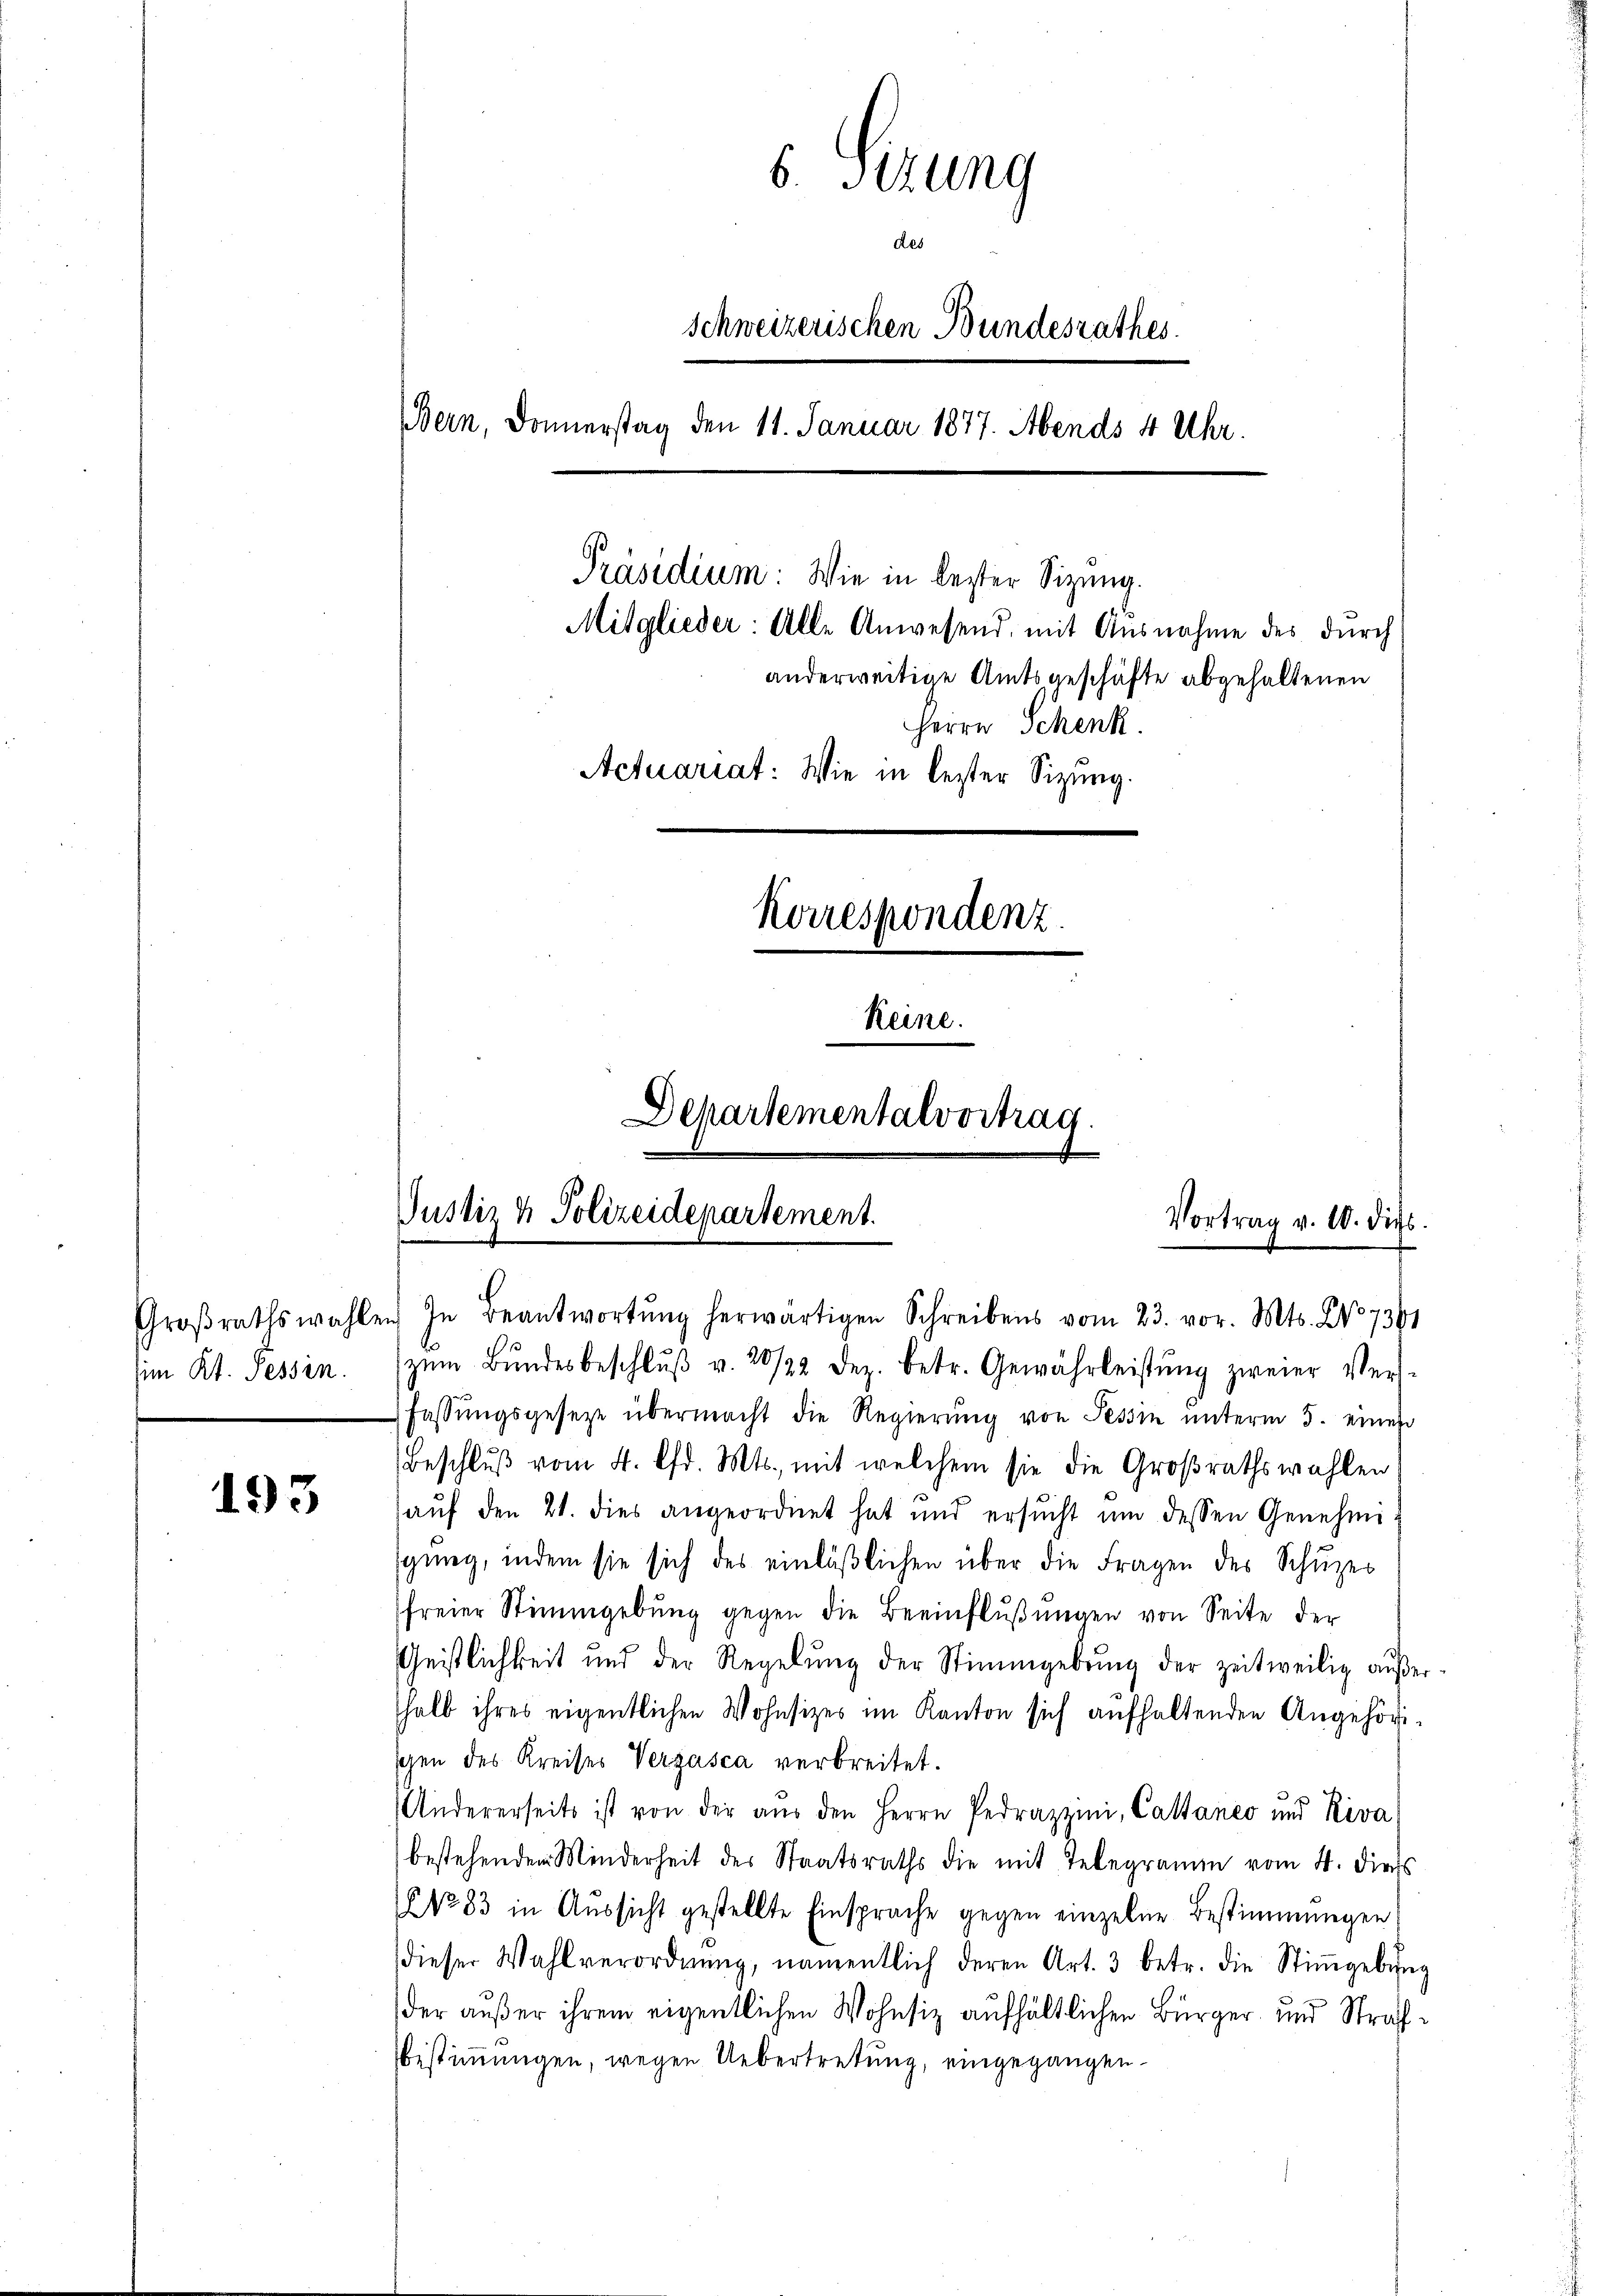
193

im Kt. Tessin.

s. Sizung
des
schweizerischen Bundesrathes.
Bern, Donnerstag den 11. Januar 1877. Abends 4 Uhr.
Präsidium: Wie in bester Sitzung.
Mitglieder: Alle Anwesend, mit Ausnahme des durch
anderweitige Amtsgeschäfte abgehaltenen
Herrn Schenk.
Actuariat: Wie in lezter Sizung.
Korrespondenz.
Keine.
Departementalvortrag.

Groβrathswahlen In Beantwortŭng herwärtigen Schreibens vom 23. vor. Mts. No 7391
zŭm Bŭndesbeschlŭβ v. 20/22 dez. betr. Gewährleistŭng zweier Ver-
Fassŭngsgesetze übermacht die Regierŭng von Tessin unterm 5. eines
Beschlŭβ vom 4. lfd. Mts., mit welchem sie die Großrathswahlen
auf den 21. dies angeordnet hat und ersŭcht ŭm dessen Genehmigŭng, indem sie sich des einläβlichen über die Fragen des Schüzer
freier Stimmgebŭng gegen die Beeinflŭβŭngen von Seite der
Geistlichkeit und der Regelŭng der Stimmgebung der zeitweilig außerhalb ihres eigentlichen Wohnsizes im Kanton sich aufhaltenden Angehöri-
schen des Kreises Vergasca verbreitet.
(Andererseits ist von der aŭs den Herrn Pedrazzini, Cattanco und Riva
bestehenden Minderheit des Staatsraths die mit Telegramm vom 4. dies
NNo 83 in Aŭssicht gestellte Einsprache gegen einzelne Bestimmungen
dieser Wahlverordnŭng, namentlich deren Art. 3 betr. die Stiṁgebŭng

der außer ihrem eigentlichen Wohnsiz aufhältlichen Bürger und Straf¬
Bestimmungen, wegen Uebertretung, eingegangen

Justiz & Polizeidepartement.
Vortrag v. 10. dies